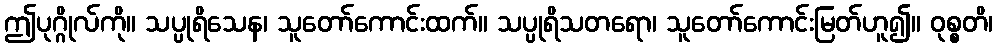
ဤပုဂ္ဂိုလ်ကို။ သပ္ပုရိသေန၊ သူတော်ကောင်းထက်။ သပ္ပုရိသတရော၊ သူတော်ကောင်းမြတ်ဟူ၍။ ဝုစ္စတိ၊